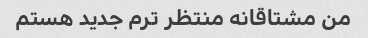
من مشتاقانه منتظر ترم جدید هستم